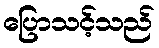
ပြောသင့်သည်